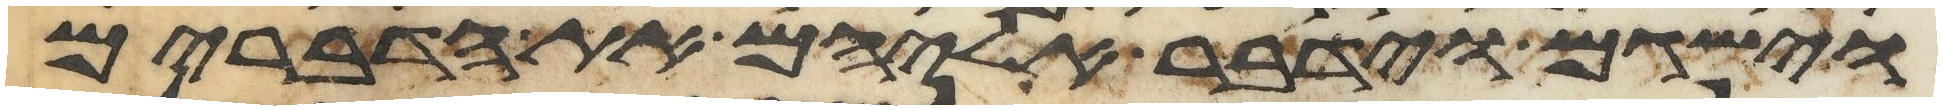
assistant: וישגם וידבר אליהם את הדברים